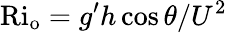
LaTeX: \mathrm{Ri_{o}}=g^{\prime}h\cos{\theta}/U^{2}